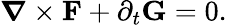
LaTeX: \boldsymbol{\nabla}\times\mathbf{F}+\partial_{t}\mathbf{G}=0.